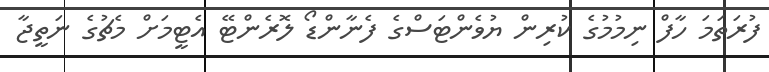
ފުރަތަމަ ހާފް ނިމުމުގެ ކުރިން ޔުވެންޓަސްގެ ފެނާންޑޯ ލޮރެންޓޭ އެޓީމަށް މެޗުގެ ނަތީޖާ